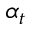
\alpha _ { t }